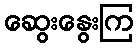
ဆွေးနွေးကြ